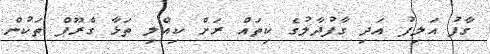
ގާފު އަލިފު އަދި ގާފުދާލުގެ ކިތައް ރަށް ކިއްލި ތަޅާ ގްރޫޕް ތަކުން